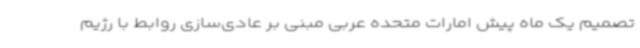
تصمیم یک ماه پیش امارات متحده عربی مبنی بر عادی‌سازی روابط با رژیم